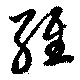
維